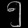
Digit: ၅